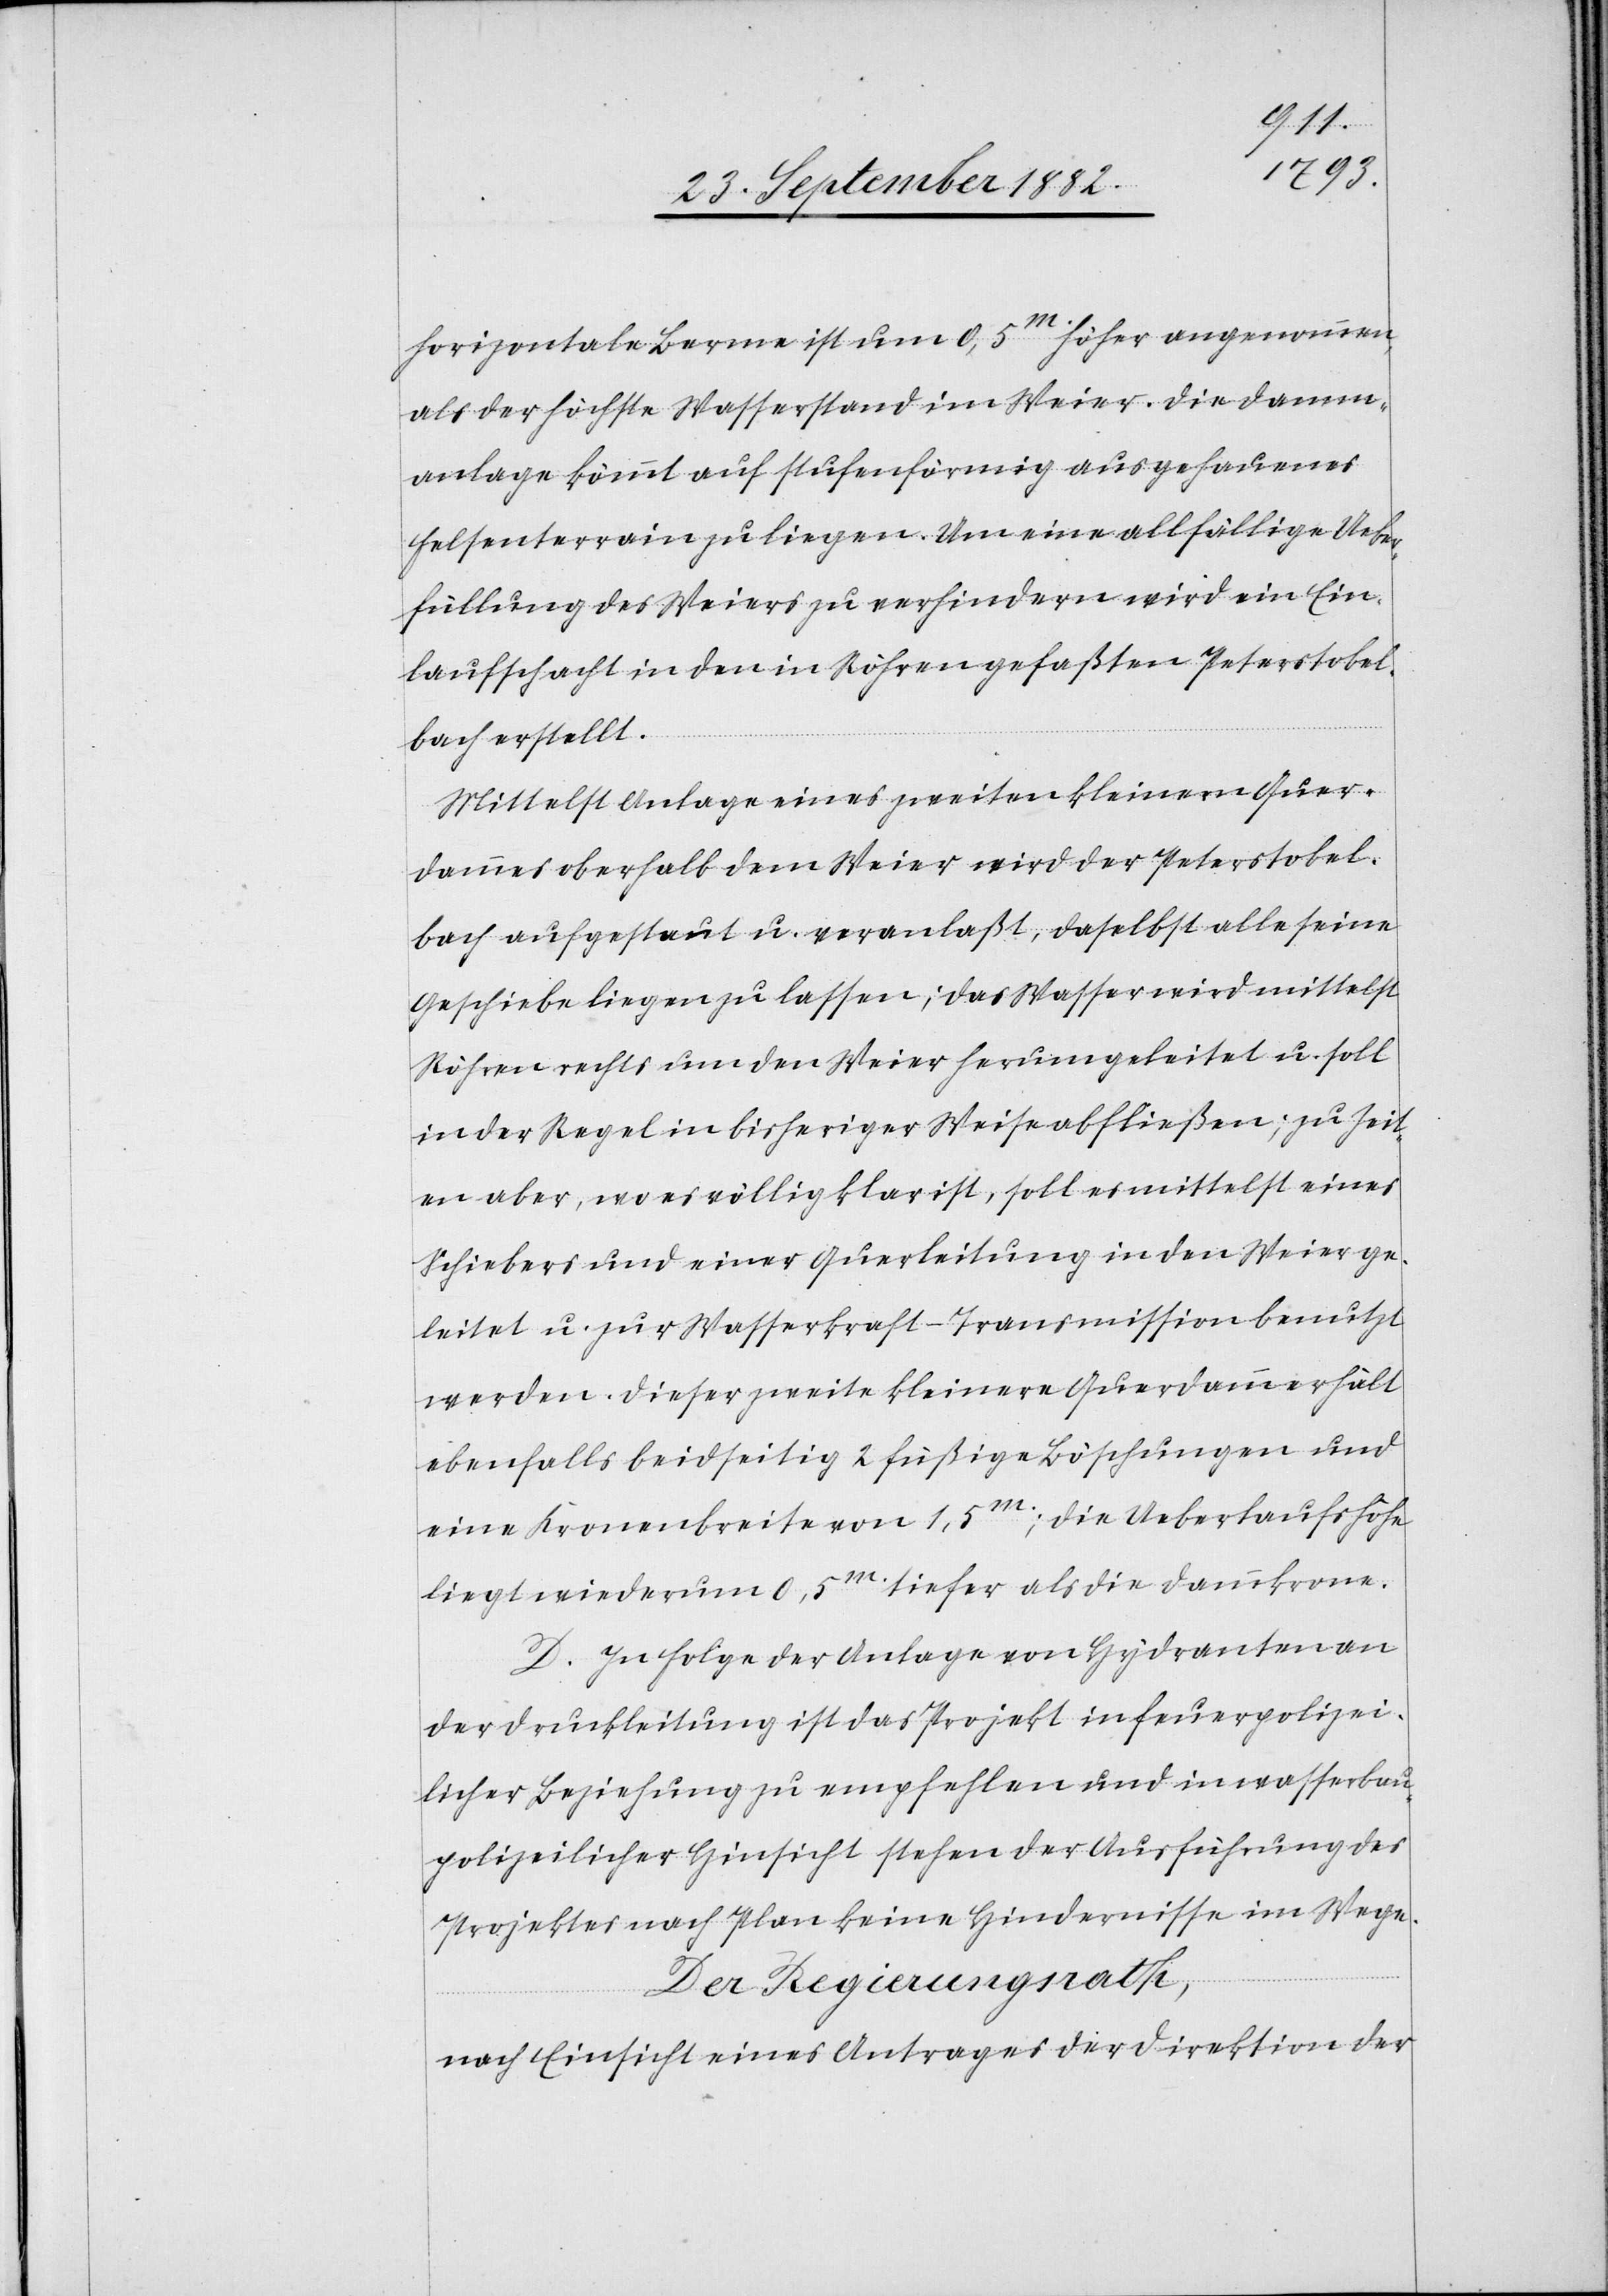
horizontale Berme ist um 0,5m höher angenommen,
als der höchste Wasserstand im Weier. Die Damm¬
anlage kömmt auf stufenförmig ausgehauenes
Felsenterrain zu liegen. Um eine allfällige Ueber¬
füllung des Weiers zu verhindern wird ein Ein¬
laufschacht in den in Röhren gefaßten Peterstobel¬
bach erstellt.
Mittelst Anlage eines zweiten kleinern Quer¬
dammes oberhalb dem Weier wird der Peterstobel¬
bach aufgestaut u. veranlaßt, daselbst alle seine
Geschiebe liegen zu lassen; das Wasser wird mittelst
Röhren rechts um den Weier herumgeleitet u. soll
in der Regel in bisheriger Weise abließen; zu Zeit¬
en aber, wo es völlig klar ist, soll es mittelst eines
Schiebers und einer Querleitung in den Weier ge¬
leitet u. zur Wasserkraft-Transmission benutzt
werden. Dieser zweite kleinere Querdamm erhält
ebenfalls beidseitig 2 füßige Böschungen und
eine Kronenbreite von 1,5m; die Ueberlaufshöhe
liegt wiederum 0,5m tiefer als die Dammkrone.
D. In Folge der Anlage von Hydranten an
der Druckleitung ist das Projekt in feuerpolizei¬
licher Beziehung zu empfehlen und in wasserbau¬
polizeilicher Hinsicht stehen der Ausführung des
Projektes nach Plan keine Hindernisse im Wege.
Der Regierungsrath,
nach Einsicht eines Antrages der Direktion der